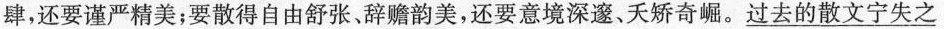
肆，还要谨严精美；要散得自由舒张、辞赡韵美，还要意境深邃、夭矫奇崛。\underline{过去的散文宁失之}